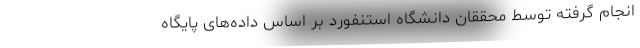
انجام گرفته توسط محققان دانشگاه استنفورد بر اساس داده‌های پایگاه